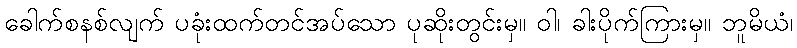
ခေါက်စနစ်လျက် ပခုံးထက်တင်အပ်သော ပုဆိုးတွင်းမှ။ ဝါ၊ ခါးပိုက်ကြားမှ။ ဘူမိယံ၊